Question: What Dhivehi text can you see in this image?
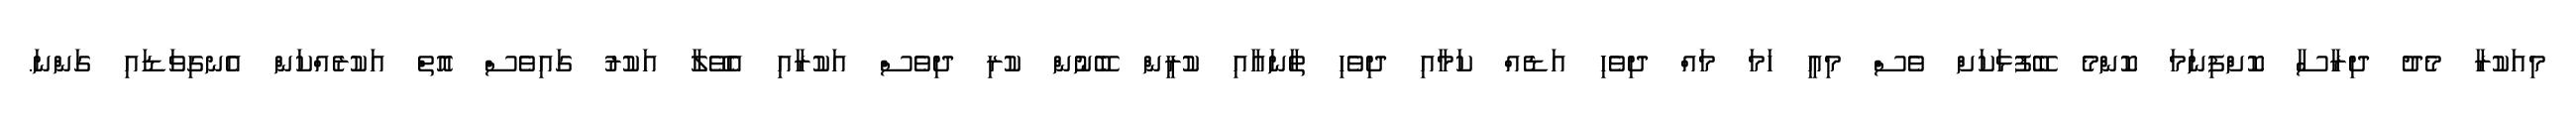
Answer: މިއަކުރާ މެދު ދިރާސާ ކޮށްފިނަމަ ކޮންމެ ބޭފުޅަކަށް ވެސް މިއީ ހަމަ މައް ދިވެހި އަޑެއް ކަމާއި ދިވެހި ތާނައާއި ކުރީން ބޭނުން ކުރި ދިވެސް އަކުރާއި އެވޭލާ އަކުރު ގައިވެސް އޮތް އަކުރެއްކަން އެނގިވަޑައި ގަންނަ.